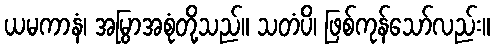
ယမကာနံ၊ အမြွာအစုံတို့သည်။ သတံပိ၊ ဖြစ်ကုန်သော်လည်း။